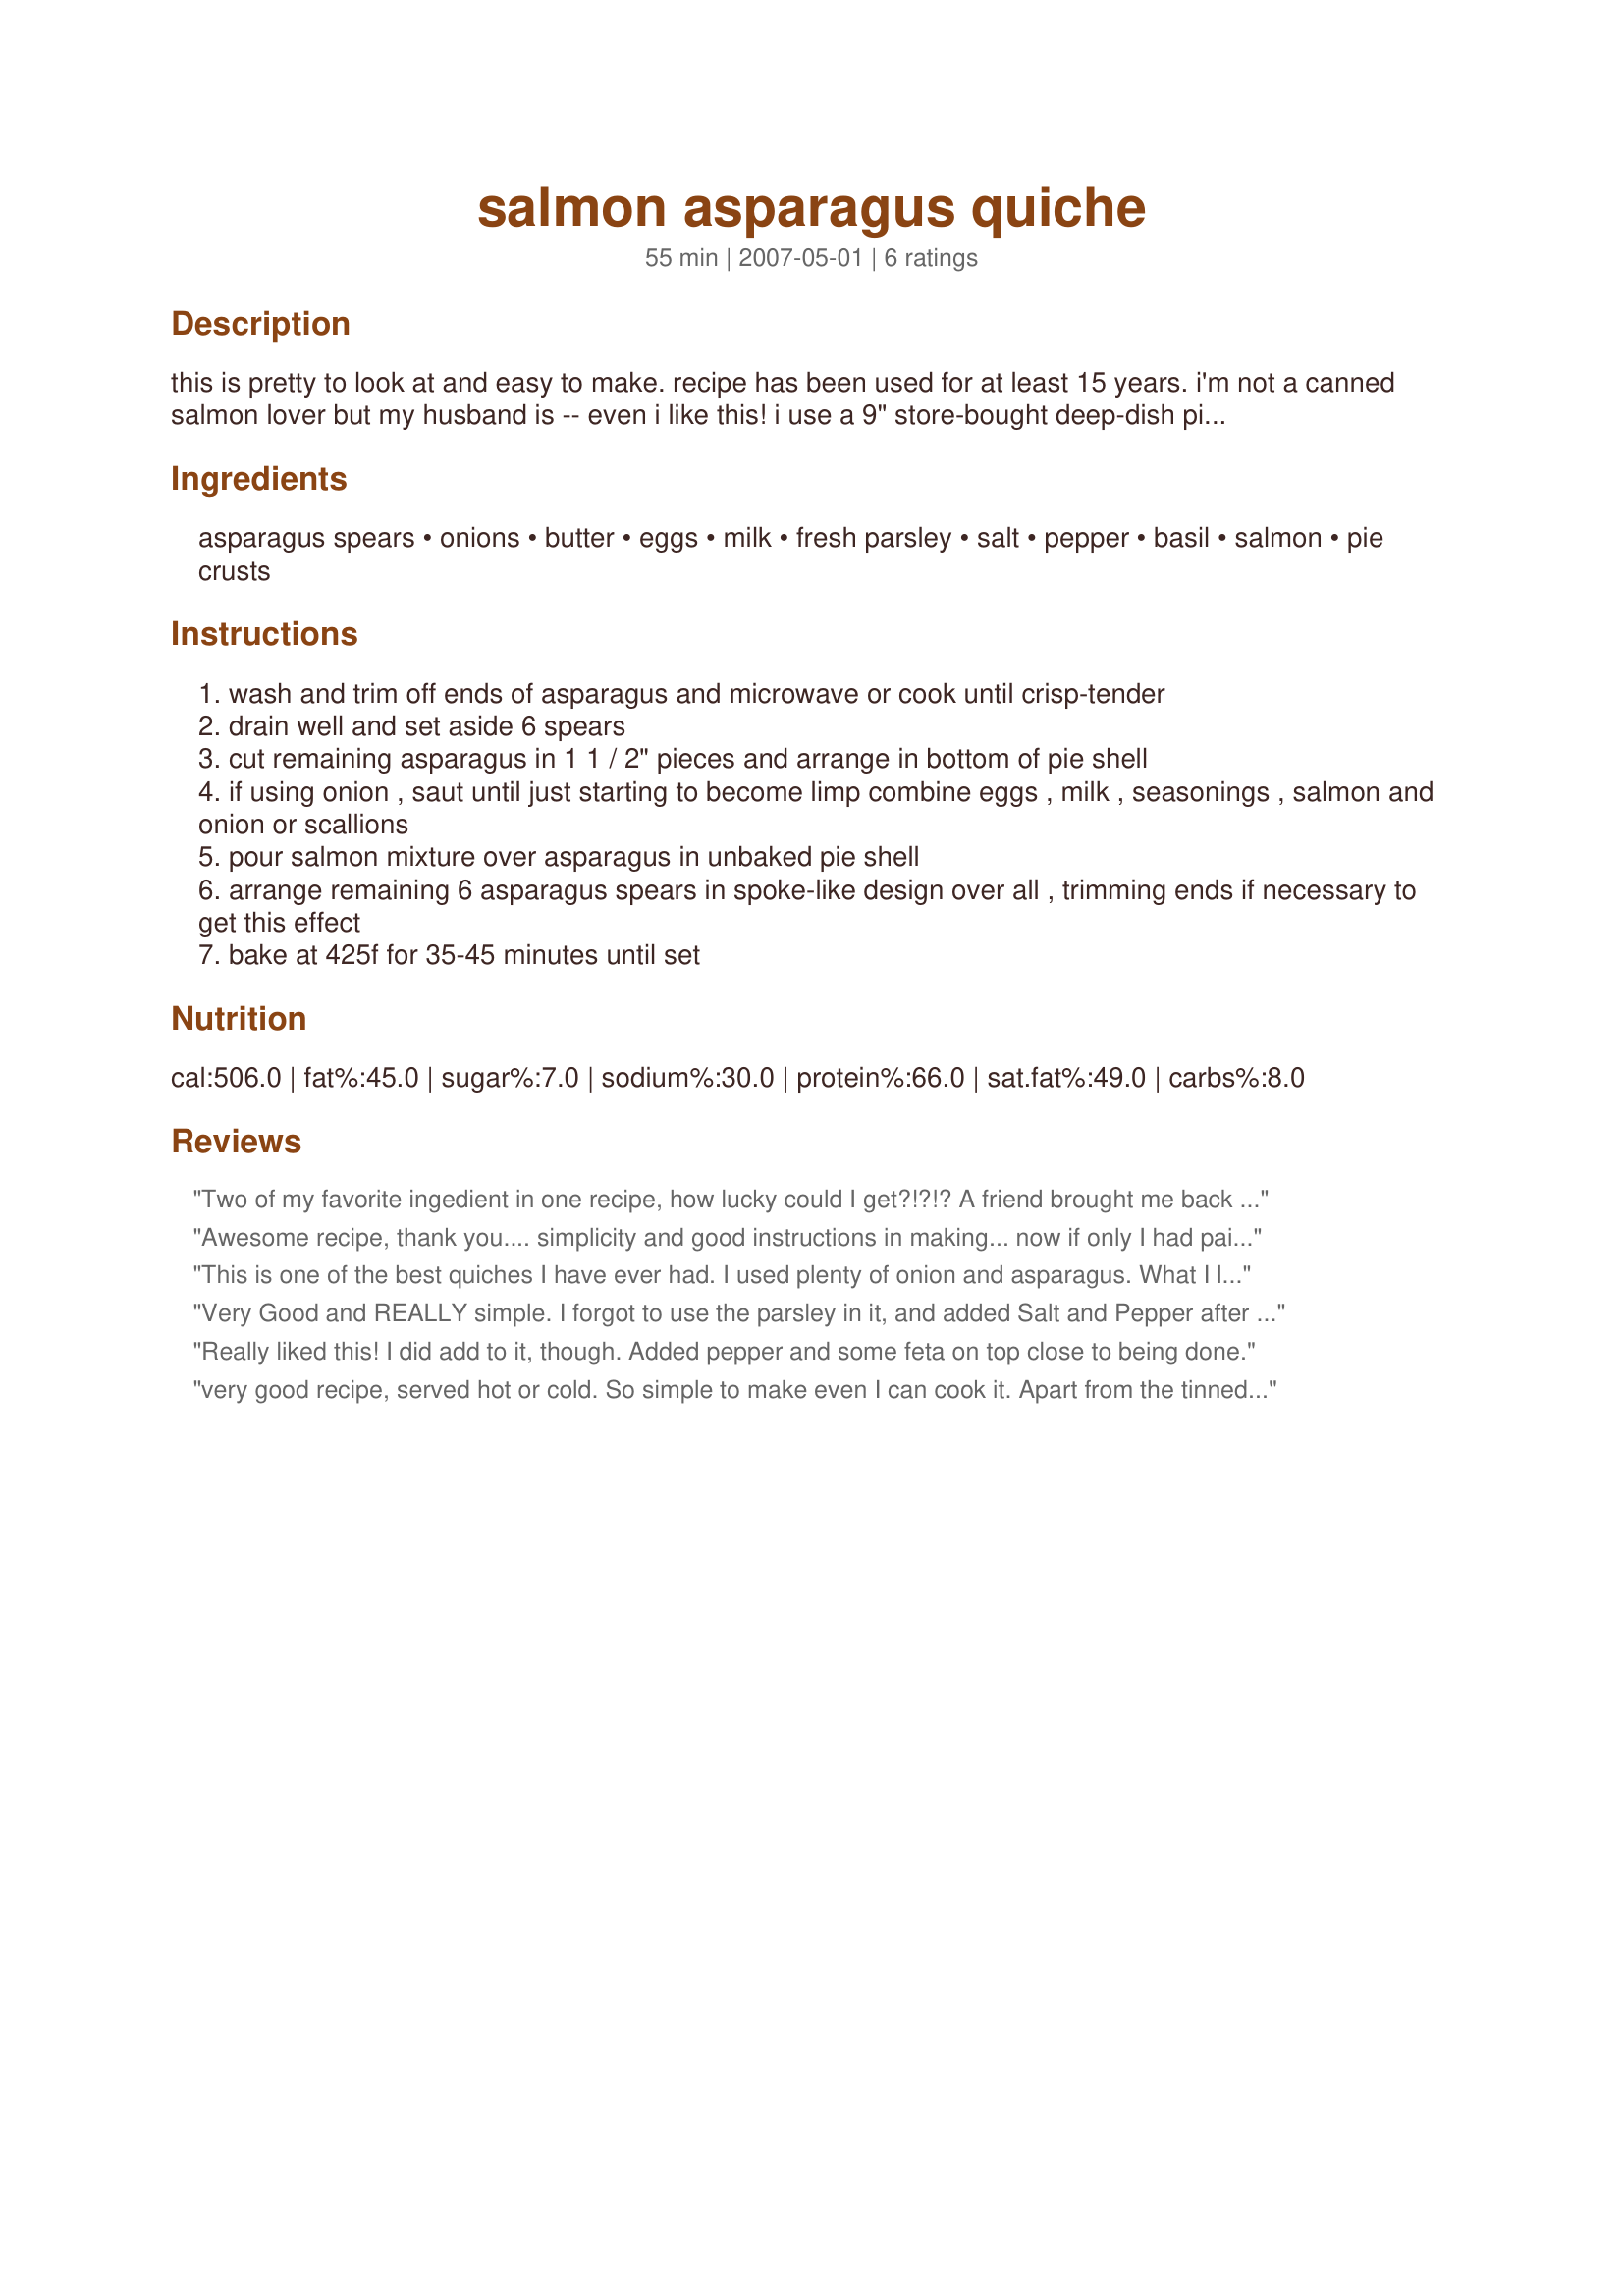
salmon asparagus quiche
Preparation time: 55 minutes

this is pretty to look at and easy to make. recipe has been used for at least 15 years. i'm not a canned salmon lover but my husband is -- even i like this! i use a 9" store-bought deep-dish pie shell, since i flunked making home-made shells.....

Ingredients:
asparagus spears, onions, butter, eggs, milk, fresh parsley, salt, pepper, basil, salmon, pie crusts

Steps:
wash and trim off ends of asparagus and microwave or cook until crisp-tender
drain well and set aside 6 spears
cut remaining asparagus in 1 1 / 2" pieces and arrange in bottom of pie shell
if using onion , saut until just starting to become limp combine eggs , milk , seasonings , salmon and onion or scallions
pour salmon mixture over asparagus in unbaked pie shell
arrange remaining 6 asparagus spears in spoke-like design over all , trimming ends if necessary to get this effect
bake at 425f for 35-45 minutes until set

Reviews:
Two of my favorite ingedient in one recipe, how lucky could I get?!?!? A friend brought me back some canned sockeye salmon from Canada and I used one of my carefully hoarded cans. I used the scallion option so didn't saute them. The only real change I made to the recipe was that I am NOT a pastry-rolling person, and ready-made unbaked pie crusts are not so readily available in this country, so I made my own crumb crust with savory crackers and butter. It was a good decision, and this was a fantastic supper with some Recipe #20005 on the side. Thanks!
Awesome recipe, thank you.... simplicity and good instructions in making... now if only I had paid attention to the recipe instead of reading 2 recipes of once... I was making the pie and a noodle salad that called for ham... yup, guess what, lil miss monkey also added ham to this pie with the salmon .... omg.. I thought.. how ever do these two fish and piggy get on? heh... my guinea pigs didn't complain, actually said that it was good... wow wow... next time, it will just be salmon and asparagus.. or ham and asparagus.. gosh is my face red .. heh.... 
I liked the consistency of the eggs and milk ratio, just perfect... not runny nor or soggy pastry .. 5 stars .. thank you so much for sharing... follow the recipe off pat .. and remember "attention to detail" when making more than one recipe at a time...whispers gentle reminder to self
This is one of the best quiches I have ever had. I used plenty of onion and asparagus. What I liked best was that it was not too "eggy" and had plenty of delicious salmon. Great!
Very Good and REALLY simple. I forgot to use the parsley in it, and added Salt and Pepper after it was made. It's great to use canned salmon in something that DH likes! Thanks for posting!!
Really liked this! I did add to it, though. Added pepper and some feta on top close to being done.
very good recipe, served hot or cold.
So simple to make even I can cook it.
Apart from the tinned salmon, which I cant buy in the Spanish supermarkets(I used fresh and precooked it)., I followed the instructions.
This is a variation on a theme, I have also cooked this recipe substituting the asparagus with broccoli, just as good when asparagus is out of season.
This one is a keeper. Thanks for reminding of the recipe.
